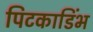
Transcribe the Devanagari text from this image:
पिटकाडिंभ